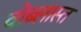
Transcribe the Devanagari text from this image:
वोब्लास्त